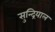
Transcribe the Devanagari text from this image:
सुन्द्रियाल